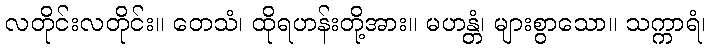
လတိုင်းလတိုင်း။ တေသံ၊ ထိုရဟန်းတို့အား။ မဟန္တံ၊ များစွာသော။ သက္ကာရံ၊